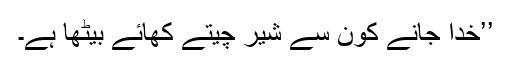
’’خدا جانے کون سے شیر چیتے کھائے بیٹھا ہے۔